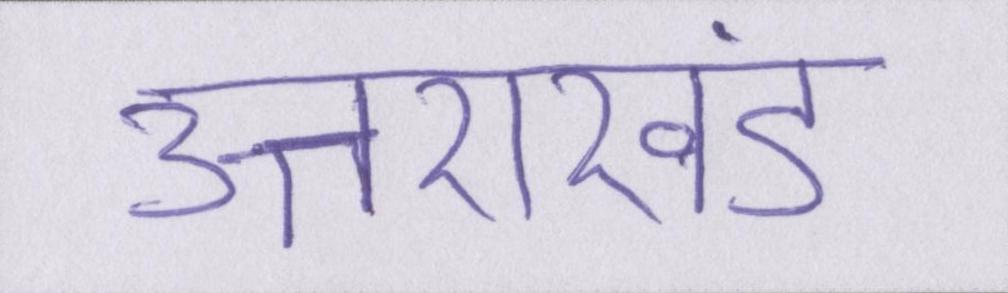
उत्तराखंड